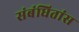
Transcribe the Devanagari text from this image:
संबंधितांस